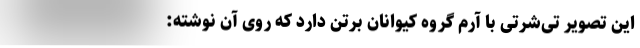
این تصویر تی‌شرتی با آرم گروه کیواِنان برتن دارد که روی آن نوشته: